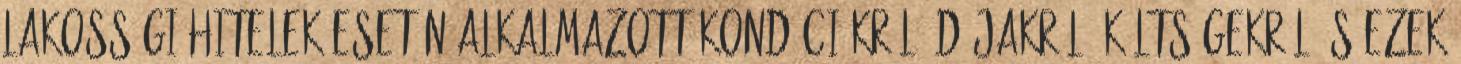
lakossági hitelek esetén alkalmazott kondíciókról, díjakról, költségekről és ezek